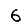
Digit: 6